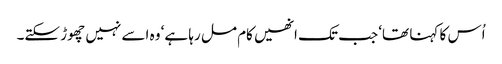
اُس کا کہنا تھا‘ جب تک انھیں کام مل رہا ہے‘ وہ اسے نہیں چھوڑ سکتے۔